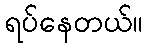
ရပ်နေတယ်။